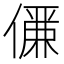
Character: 𠏊